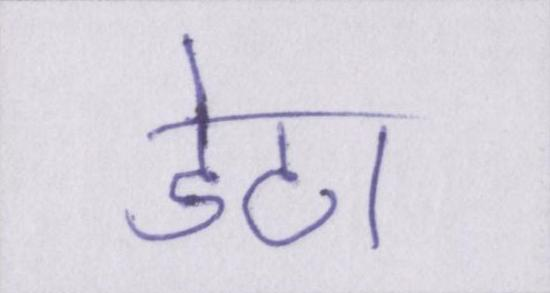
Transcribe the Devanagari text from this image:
डेटा